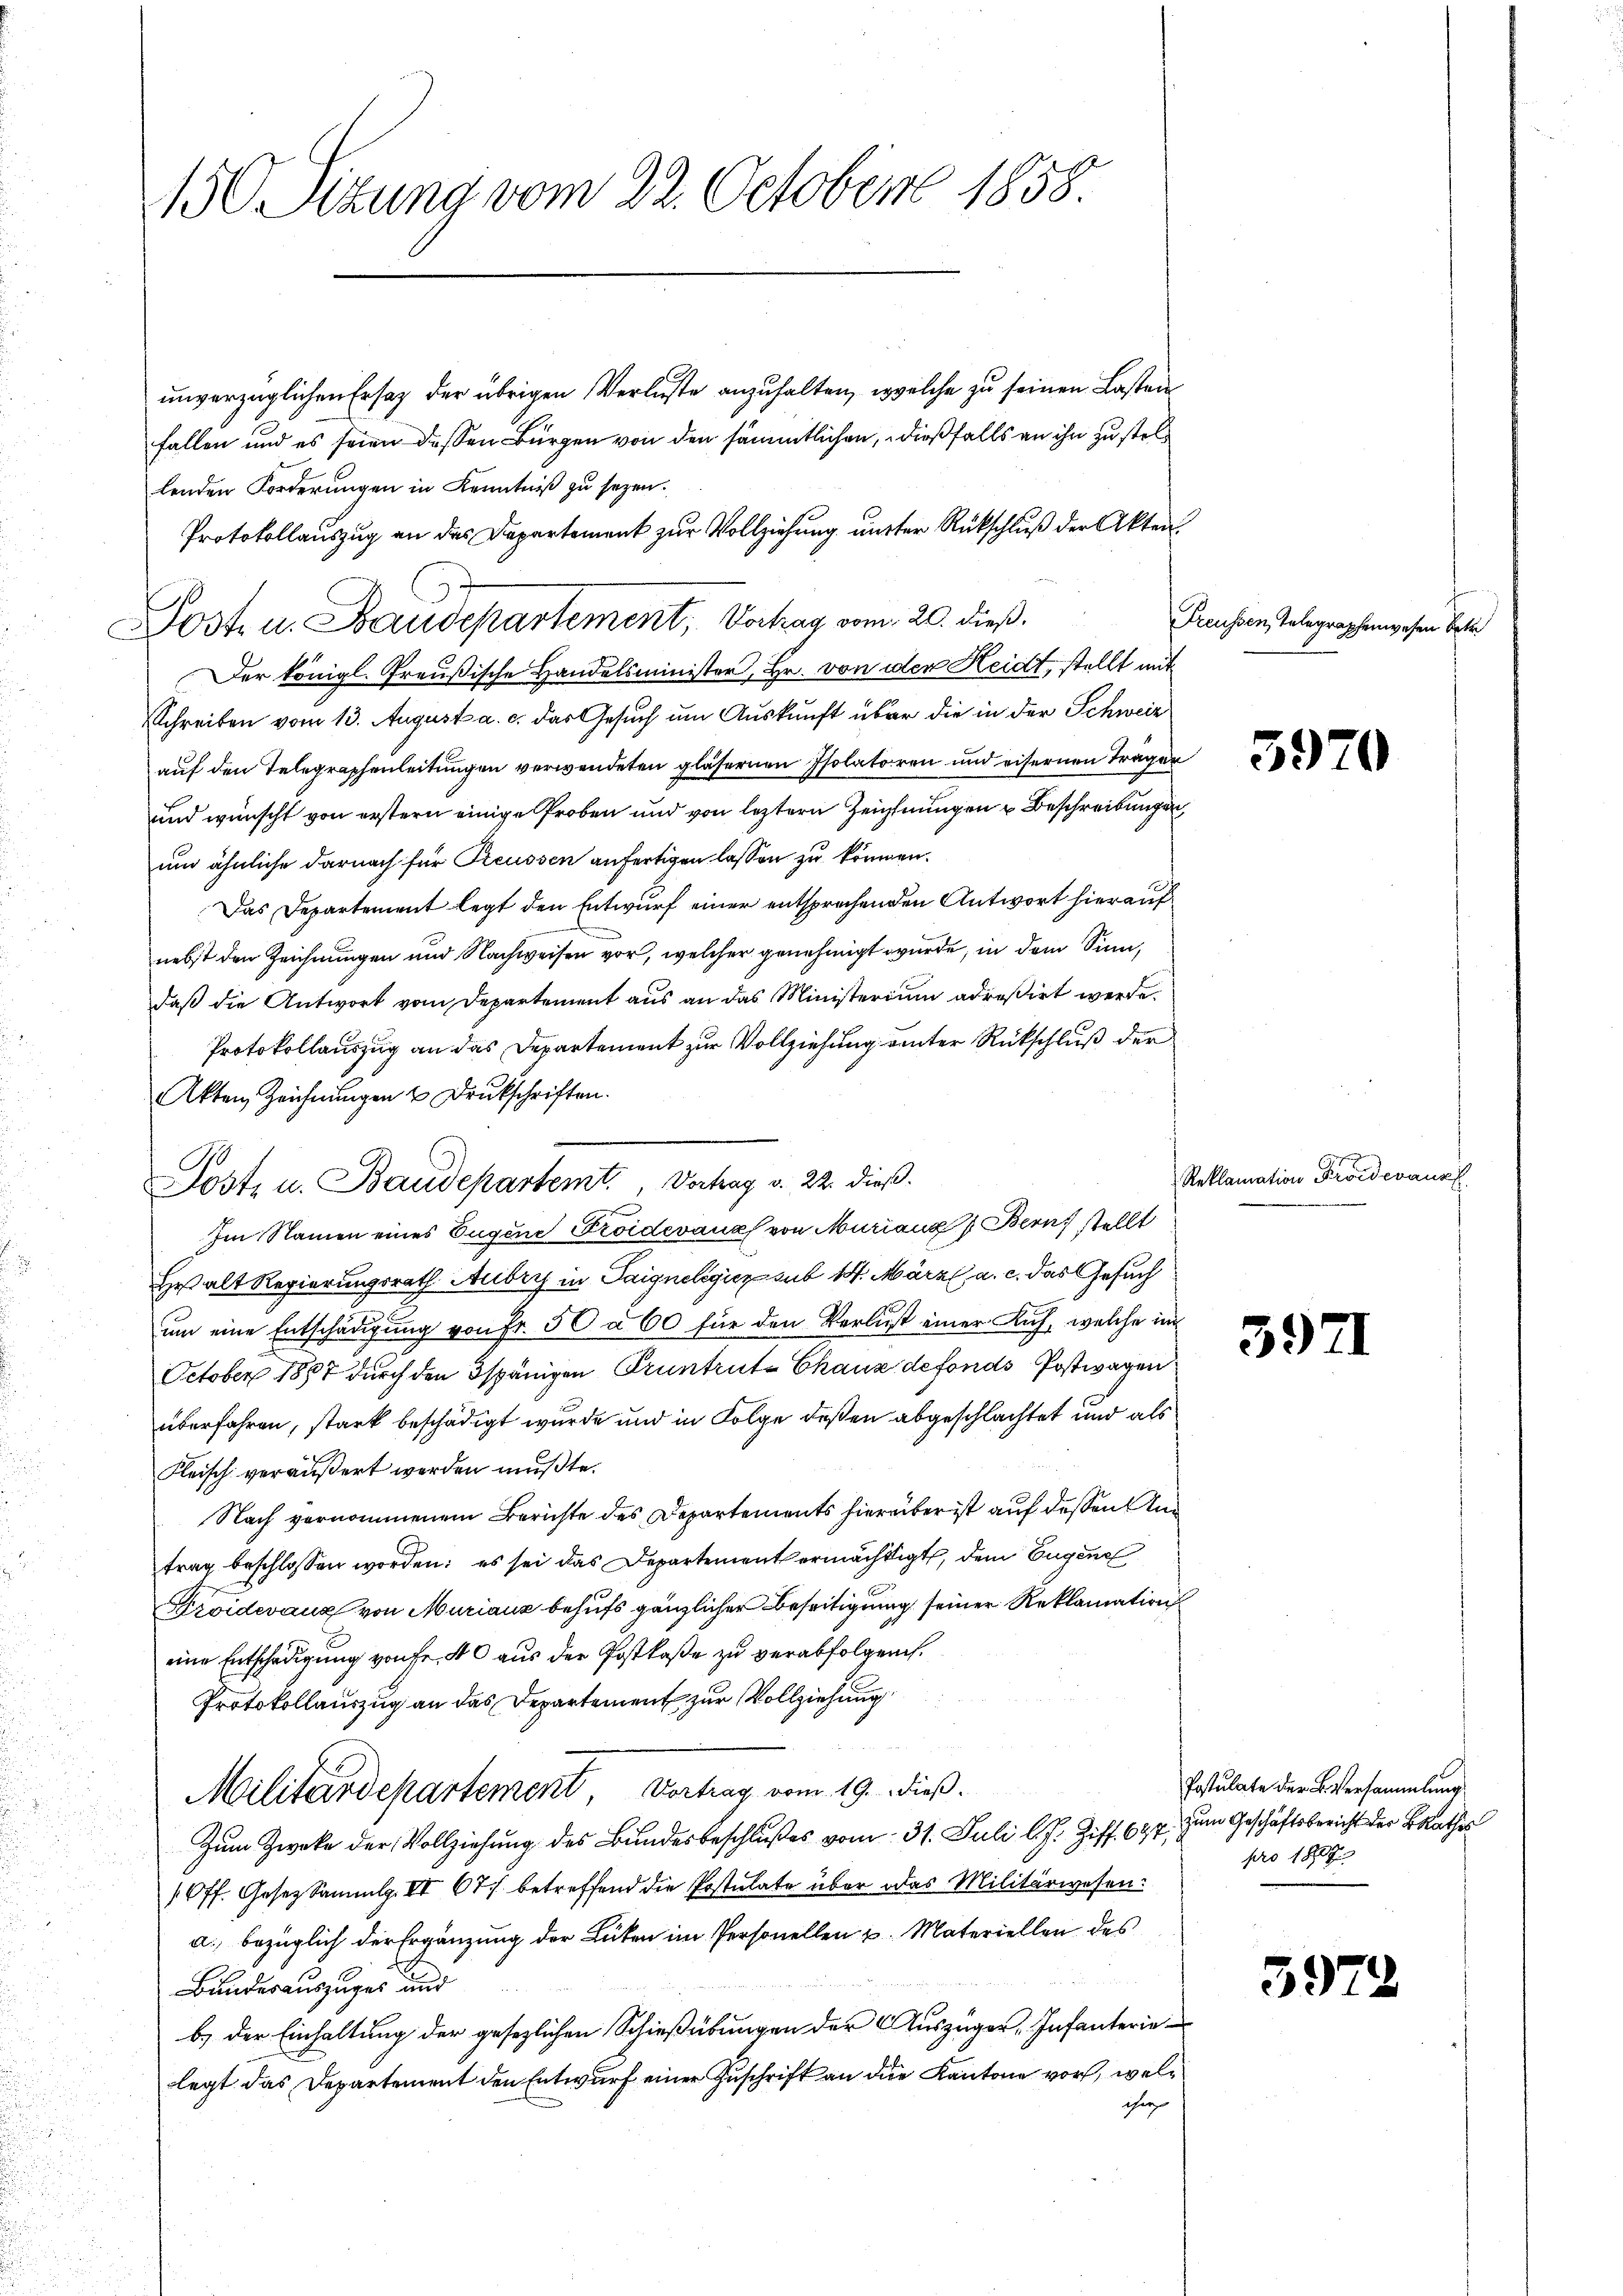
150. Sizung vom 22. October 1858.

unverzüglichen Ersatz der übrigen Verluste anzuhalten, welche zu seinen Lasten
fallen und es seien dessen Bürgen von den sämmtlichen, dießfalls an ihn zu stellenden Forderungen in Kenntniß zu sezen.
Protokollauszug an das Departement zur Vollziehung unter Rückschluß der Akten.
Der königl. Preußische Handelsminister, Hr. von der Heidt, stellt mit
Schreiben vom 13. August a. c. das Gesuch um Auskunft über die in der Schweiz
auf den Telegraphenleitungen verwendeten gläsernen Isolatoren und eifernen Träger
und wünscht von erstern einige Proben und von letztern Zeichnungen u Beschreibungen,
um ähnliche darnach für Reussen anfertigen lassen zu können.
Das Departement legt den Entwurf einer entsprochenden Antwort hieraufnebst den Zeichnungen und Nachweisen vor, welcher genehmigt wurde, in dem Sinn,
daß die Antwort vom Departement aus an das Ministerium adreßirt werde.
Protokollauszug an das Departement zur Vollziehung unter Rückschluß der
Akten Zeichnungen u Druckschriften.
Im Namen eines Eugene Froidevanz von Muriana Bern stellt
He alt Regierungsrath Aubry in Saigneligier sub 14. März a. c. das Gesuch
um eine Entschädigung von Fr. 50 à 60 für den Verlust einer Kuh, welche in
October 1887 durch den Ispänigen Pruntrut-Chaus defonds Postwagen
überfahren, stark beschädigt wurde und in Folge deßen abgeschlachtet und als
Fleisch veräußert werden mußte.
Nach vernommenem Berichte des Departements hierüber ist auf dessen Antrag beschlossen worden: es sei das Departement ermächtigt, dem Eugen
Groidevaux von Muriaux behufs gänzlicher Beseitigung seiner Reklamation
eine Entschädigung von fr. 40 aus der Postkaße zu verabfolgen.
Protokollauszug an das Departement zur Vollziehung
Militärdepartement Vertrag vom 19. dieß.
Zum Zweke der Vollziehung des Bundesbeschlußes vom 31. Juli l. J. Ziff. 694, zum Geschäftsbericht der BRathes
(Off. Gesez Sammlg. IV 67 betreffend die Postulate über das Militärwesen:
a. bezüglich der Ergänzung der Lüten im Personellen u. Materiellen des
Bundesauszuges und
b.) Der Einhaltung der gesezlichen Schießübungen der Auszüger, Infanterie-
legt das Departement den Entwurf einer Zuschrift an die Kantone vor, weliher

Post u. Baudepartement, Vorhag vom 20. dieß.

A

Jost u. Baudepartemt, Vortrag v. 22. dieß.

Freussen Telegraphenwesen betr.

59

Reklamation Froidevanz

59)

39)

Postulate der Bversammlung
pro 1807.